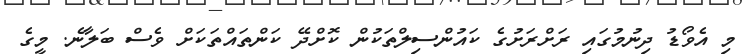
މި އެވޯޑު ދިނުމުގައި ރަށްރަށުގެ ކައުންސިލްތަކުން ކޮށްދޭ ކަންތައްތަކަށް ވެސް ބަލާނެ. މީގެ